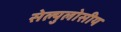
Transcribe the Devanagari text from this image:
सेल्युलोसीय